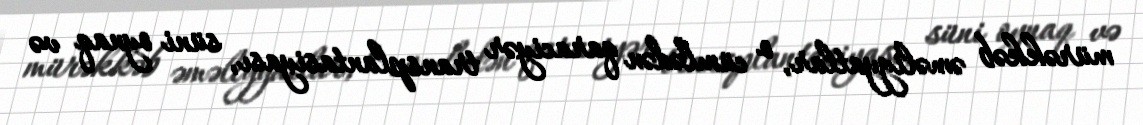
mürəkkəb əməliyyatlar, o cümlədən qaraciyər transplantasiyası, süni oynaq və